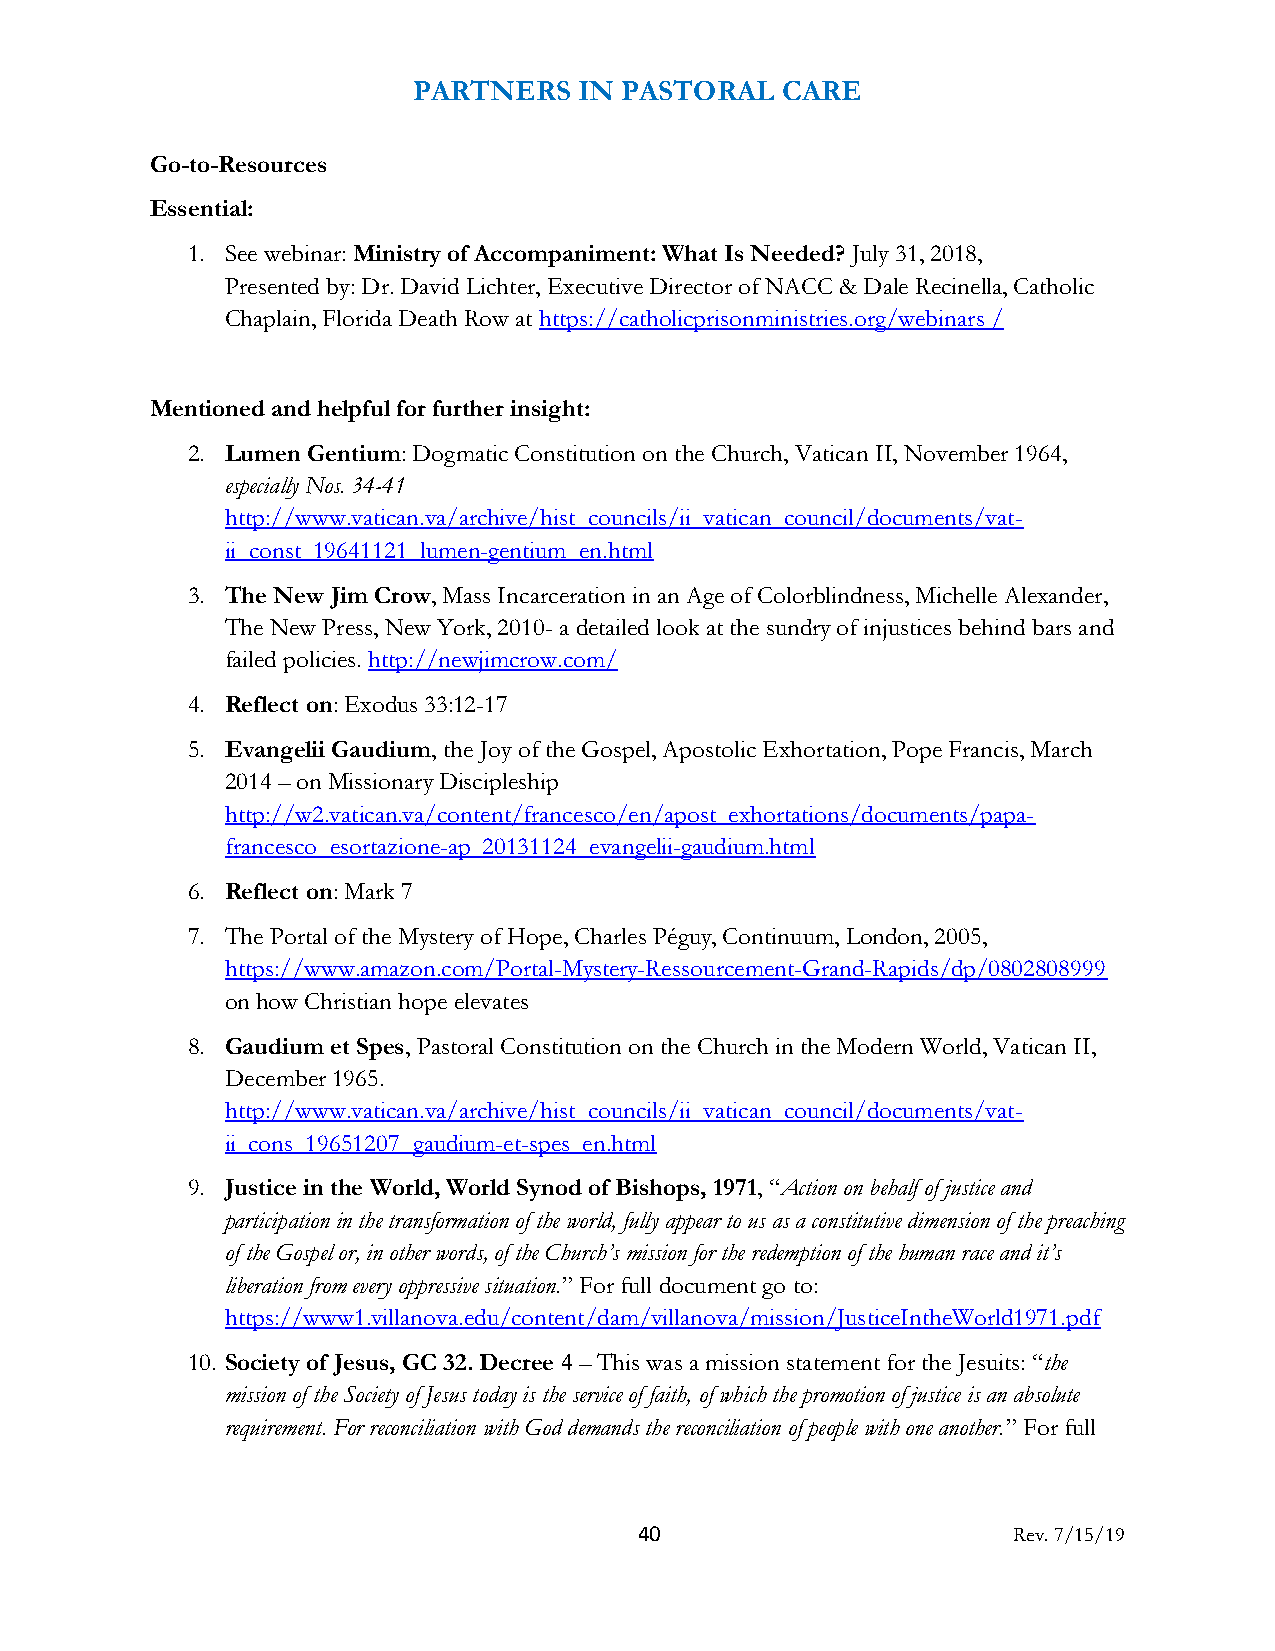
PARTNERS   IN PASTORAL   CARE
 Go-to-Resources
 Essential:
 1. See webinar: Ministry of Accompaniment: What Is Needed? July 31, 2018,
 Presented by: Dr. David Lichter, Executive Director of NACC & Dale Recinella, Catholic
 Chaplain, Florida Death Row at https://catholicprisonministries.org/webinars /
 Mentioned and helpful for further insight:
 2. Lumen Gentium: Dogmatic Constitution on the Church, Vatican II, November 1964,
 especially Nos. 34-41
 http://www.vatican.va/archive/hist_councils/ii_vatican_council/documents/vat-
 ii_const_19641121_lumen-gentium_en.html
 3. The New Jim Crow, Mass Incarceration in an Age of Colorblindness, Michelle Alexander,
 The New Press, New York, 2010- a detailed look at the sundry of injustices behind bars and
 failed policies. http://newjimcrow.com/
 4. Reflect on: Exodus 33:12-17
 5. Evangelii Gaudium, the Joy of the Gospel, Apostolic Exhortation, Pope Francis, March
 2014 – on Missionary Discipleship
 http://w2.vatican.va/content/francesco/en/apost_exhortations/documents/papa-
 francesco_esortazione-ap_20131124_evangelii-gaudium.html
 6. Reflect on: Mark 7
 7. The Portal of the Mystery of Hope, Charles Péguy, Continuum, London, 2005,
 https://www.amazon.com/Portal-Mystery-Ressourcement-Grand-Rapids/dp/0802808999
 on how Christian hope elevates
 8. Gaudium et Spes, Pastoral Constitution on the Church in the Modern World, Vatican II,
 December 1965.
 http://www.vatican.va/archive/hist_councils/ii_vatican_council/documents/vat-
 ii_cons_19651207_gaudium-et-spes_en.html
 9. Justice in the World, World Synod of Bishops, 1971, “Action on behalf of justice and
 participation in the transformation of the world, fully appear to us as a constitutive dimension of the preaching
 of the Gospel or, in other words, of the Church’s mission for the redemption of the human race and it’s
 liberation from every oppressive situation.” For full document go to:
 https://www1.villanova.edu/content/dam/villanova/mission/JusticeIntheWorld1971.pdf
 10. Society of Jesus, GC 32. Decree 4 – This was a mission statement for the Jesuits: “the
 mission of the Society of Jesus today is the service of faith, of which the promotion of justice is an absolute
 requirement. For reconciliation with God demands the reconciliation of people with one another.” For full
 40                       Rev. 7/15/19